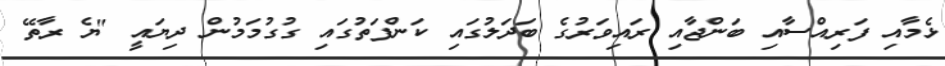
ޅެމާއި ފަރިއްސާއި ބަންޖާއި ރައިވަރުގެ ބަދަލުގައި ކަންފަތުގައި ގުގުމަމުން ދިޔައީ "ޔެ ރާތޭ